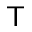
\mathsf { T }